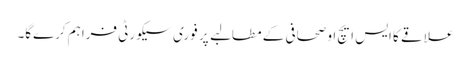
علاقے کا ایس ایچ او صحافی کے مطالبے پر فوری سیکورٹی فراہم کرےگا۔